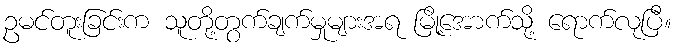
ဥမင်တူးခြင်းက သူတို့တွက်ချက်မှုများအရ မြို့အောက်သို့ ရောက်လုပြီ။